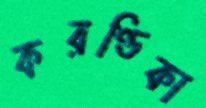
করণ্ডিকা